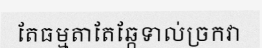
តែធម្មតាតែឆ្កែទាល់ច្រកវា